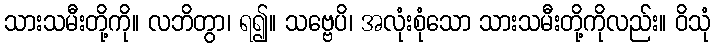
သားသမီးတို့ကို။ လဘိတွာ၊ ရ၍။ သဗ္ဗေပိ၊ အလုံးစုံသော သားသမီးတို့ကိုလည်း။ ဝိသုံ